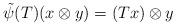
LaTeX: \begin{align*} \tilde\psi(T)(x \otimes y) = (Tx) \otimes y \quad\end{align*}